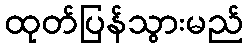
ထုတ်ပြန်သွားမည်